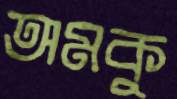
অমকু